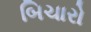
બિચારો